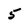
Character: 5